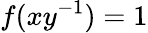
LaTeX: f(xy^{-1})=1